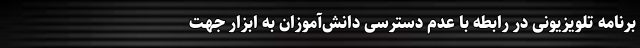
برنامه تلویزیونی در رابطه با عدم دسترسی دانش‌آموزان به ابزار جهت